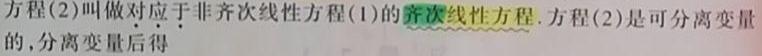
方程(2)叫做对应于非齐次线性方程(1)的**齐次线性方程**. 方程(2)是可分离变量的，分离变量后得